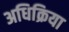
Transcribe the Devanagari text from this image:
अधिक्रिया